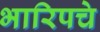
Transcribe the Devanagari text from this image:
भारिपचे